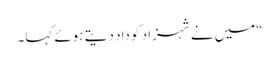
“میں نے شہزاد کو داد دیتے ہوئے کہا۔